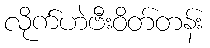
လိုက်ဟဲဗီးဝိတ်တန်း